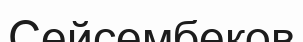
Сейсембеков